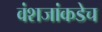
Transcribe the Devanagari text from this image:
वंशजांकडेच